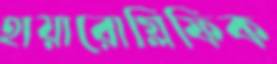
হায়ারোগ্লিফিক